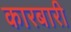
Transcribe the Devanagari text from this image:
कारबारी